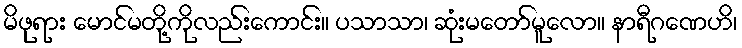
မိဖုရား မောင်မတို့ကိုလည်းကောင်း။ ပသာသာ၊ ဆုံးမတော်မူလော။ နာရီဂဏေဟိ၊